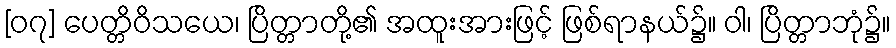
[၀၇] ပေတ္တိဝိသယေ၊ ပြိတ္တာတို့၏ အထူးအားဖြင့် ဖြစ်ရာနယ်၌။ ဝါ၊ ပြိတ္တာဘုံ၌။